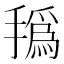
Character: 𰔐